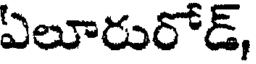
ఏలూరురోడ్,